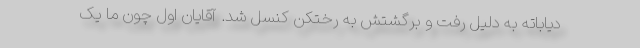
دیاباته به دلیل رفت و برگشتش به رختکن کنسل شد. آقایان اول چون ما یک